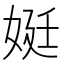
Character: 娗